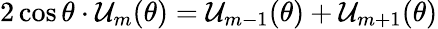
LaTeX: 2\cos\theta\cdot\mathcal{U}_{m}(\theta)=\mathcal{U}_{m-1}(\theta)+\mathcal{U}_{m+1}(\theta)